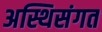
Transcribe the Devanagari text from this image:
अस्थिसंगत